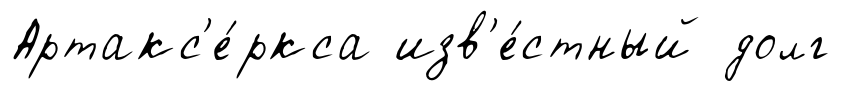
Артакс'е́ркса изв'е́стный долг